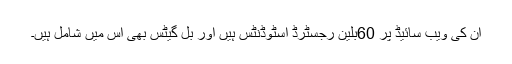
ان کی ویب سائیڈ پر 60بلین رجسٹرڈ اسٹوڈنٹس ہیں اور بل گیٹس بھی اس میں شامل ہیں۔